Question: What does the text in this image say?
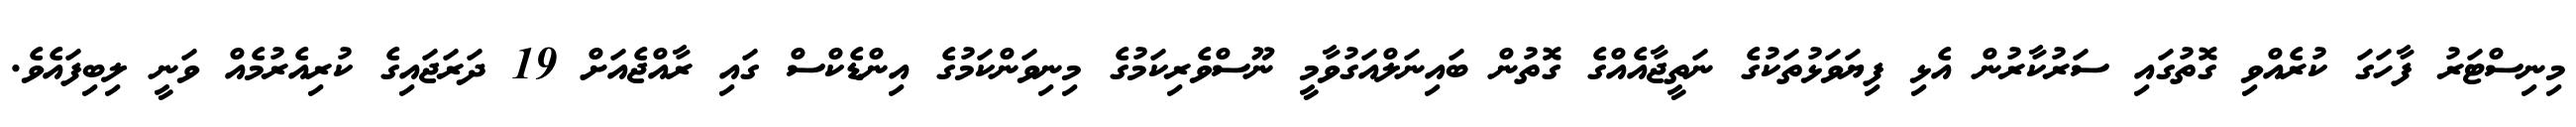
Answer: މިނިސްޓަރު ފާހަގަ ކުރެއްވި ގޮތުގައި ސަރުކާރުން އެޅި ފިޔަވަޅުތަކުގެ ނަތީޖާއެއްގެ ގޮތުން ބައިނަލްއަގުވާމީ ނޫސްވެރިކަމުގެ މިނިވަންކަމުގެ އިންޑެކްސް ގައި ރާއްޖެއަށް 19 ދަރަޖައިގެ ކުރިއެރުމެއް ވަނީ ލިބިފައެވެ.